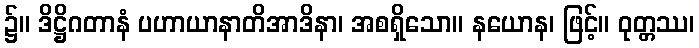
၌။ ဒိဋ္ဌိဂတာနံ ပဟာယာနာတိအာဒိနာ၊ အစရှိသော။ နယောန၊ ဖြင့်။ ဝုတ္တဿ၊